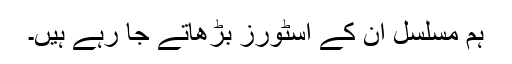
ہم مسلسل ان کے اسٹورز بڑھاتے جا رہے ہیں۔